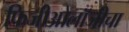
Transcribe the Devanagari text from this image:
फिजीओलॉजीचा